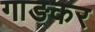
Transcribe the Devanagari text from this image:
गाङकर